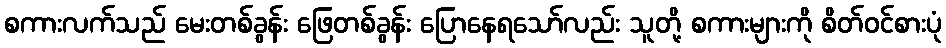
စကားလက်သည် မေးတစ်ခွန်း ဖြေတစ်ခွန်း ပြောနေရသော်လည်း သူတို့ စကားများကို စိတ်ဝင်စားပုံ